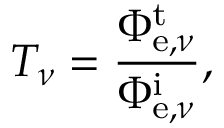
T _ { \nu } = { \frac { \Phi _ { \mathrm { e } , \nu } ^ { \mathrm { t } } } { \Phi _ { \mathrm { e } , \nu } ^ { \mathrm { i } } } } ,